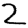
Digit: 2